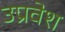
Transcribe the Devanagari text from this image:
उप्रवेश